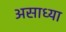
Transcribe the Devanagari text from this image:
असाध्या